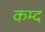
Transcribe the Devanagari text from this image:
कम्द